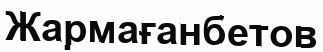
Жармағанбетов